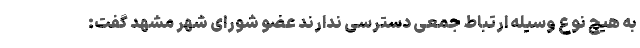
به هیچ نوع وسیله ارتباط جمعی دسترسی ندارند عضو شورای شهر مشهد گفت: